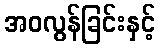
အဝလွန်ခြင်းနှင့်